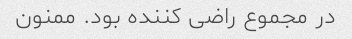
در مجموع راضی کننده بود. ممنون